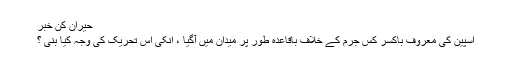
حیران کن خبر
اسپین کی معروف باکسر کس جرم کے خلاف باقاعدہ طور پر میدان میں آگیا ، انکی اس تحریک کی وجہ کیا بنی ؟